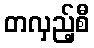
တလှည့်စီ